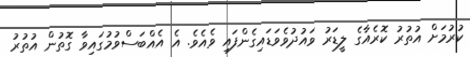
ކުރުމަށް އުތުރު ކޮރެއާގެ ލީޑަރު ވައުދުވެވަޑައިގެންފައި ވެއެވެ. އެ އެއްބަސްވުމުގައިވާ ގޮތުން އުތުރު